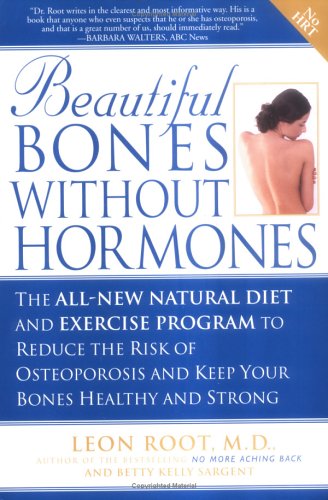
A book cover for Beautiful Bones without Hormones; Leon Root; Health, Fitness & Dieting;